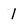
Character: 1